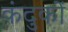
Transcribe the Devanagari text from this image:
कंदुकों